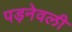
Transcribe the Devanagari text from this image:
पड़नेवली